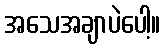
အသေအချာပဲပေါ့။